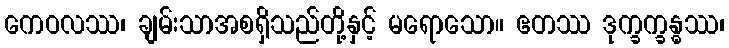
ကေဝလဿ၊ ချမ်းသာအစရှိသည်တို့နှင့် မရောသော။ ဧတဿ ဒုက္ခက္ခန္ဓဿ၊